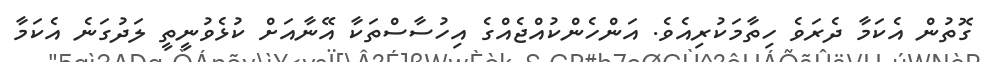
ގޮތުން އެކަމާ ދެރަވެ ހިތާމަކުރިއެވެ. އަންހެންކުއްޖެއްގެ އިހުސާސްތަކާ އޭނާއަށް ކުޅެވުނީތީ ލަދުގަނެ އެކަމާ